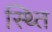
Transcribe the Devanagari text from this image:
स्थ्‍ति